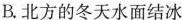
B.北方的冬天水面结冰